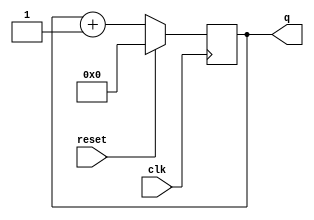
module top_module(
	input clk,
	input reset,
	output reg [3:0] q);
	
	always @(posedge clk)
		if (reset)
			q <= 0;
		else
			q <= q+1;		// Because q is 4 bits, it rolls over from 15 -> 0.
		// If you want a counter that counts a range different from 0 to (2^n)-1, 
		// then you need to add another rule to reset q to 0 when roll-over should occur.
	
endmodule